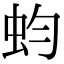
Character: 蚐